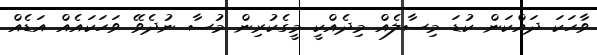
ވާހަކަ ދައްކަން ކުޑަ މިސާލެއް މިދެއްކީ މީގެކުރިން މުސާ ނުދެވޭ ވަހަކައެއް އަޑެއް